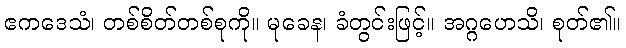
ဧကဒေသံ၊ တစ်စိတ်တစ်စုကို။ မုခေန၊ ခံတွင်းဖြင့်။ အဂ္ဂဟေသိ၊ စုတ်၏။